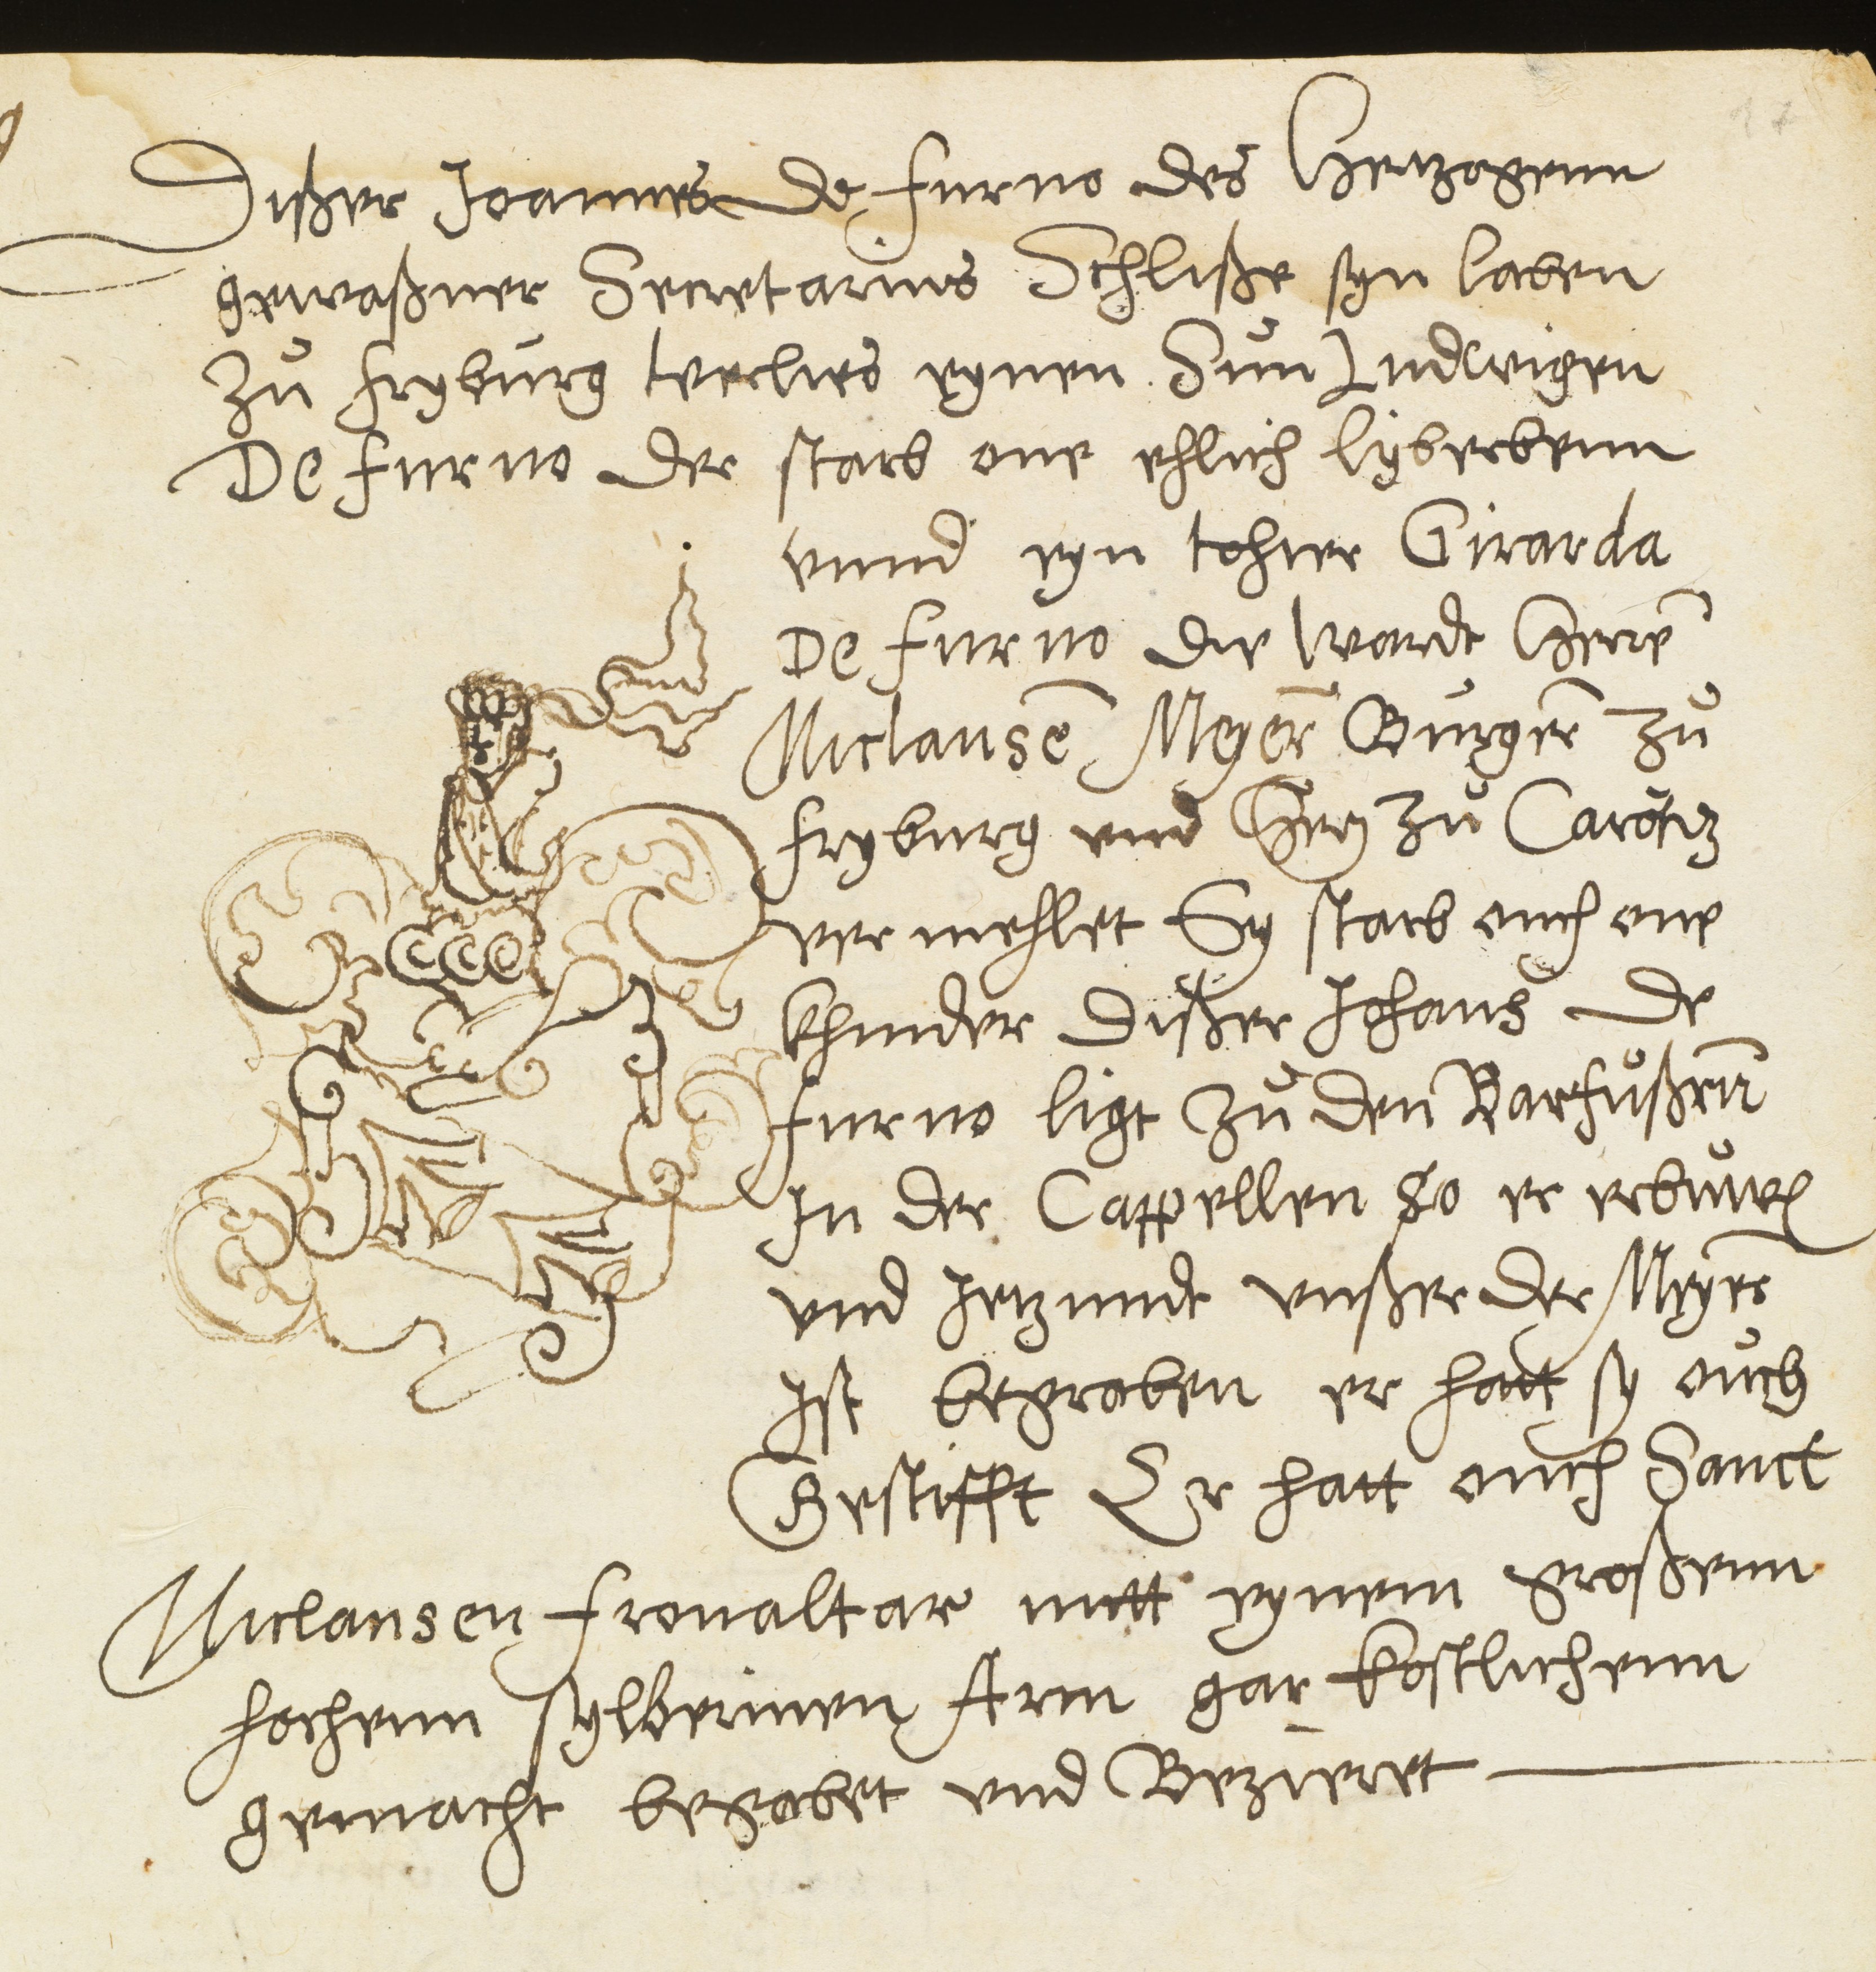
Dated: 1600–1630